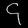
Digit: ၄